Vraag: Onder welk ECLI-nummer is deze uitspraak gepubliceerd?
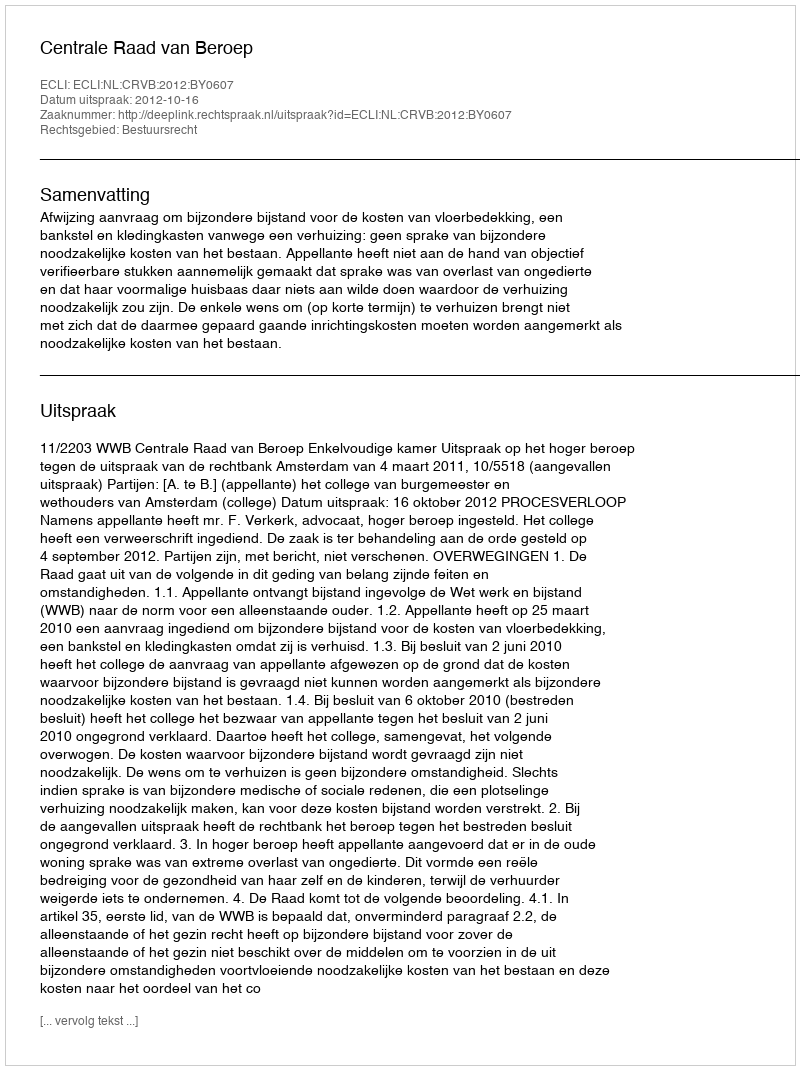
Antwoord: ECLI:NL:CRVB:2012:BY0607